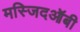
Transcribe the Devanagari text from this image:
मस्जिदऑबी